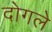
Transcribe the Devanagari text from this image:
दोगले